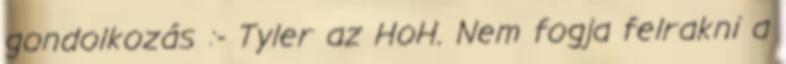
gondolkozás :- Tyler az HoH. Nem fogja felrakni a